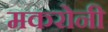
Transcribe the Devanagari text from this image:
मकरोनी